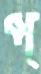
প্